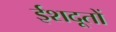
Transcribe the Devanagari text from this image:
ईशदूतों